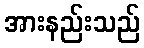
အားနည်းသည်